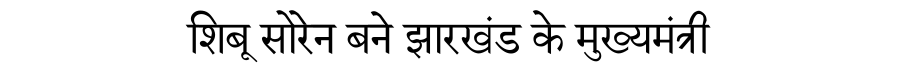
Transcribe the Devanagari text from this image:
शिबू सोरेन बने झारखंड के मुख्यमंत्री